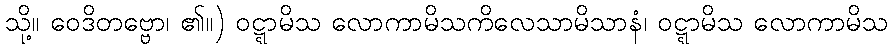
သို့။ ဝေဒိတဗ္ဗော၊ ၏။) ဝဋ္ဋာမိသ လောကာမိသကိလေသာမိသာနံ၊ ဝဋ္ဋာမိသ လောကာမိသ